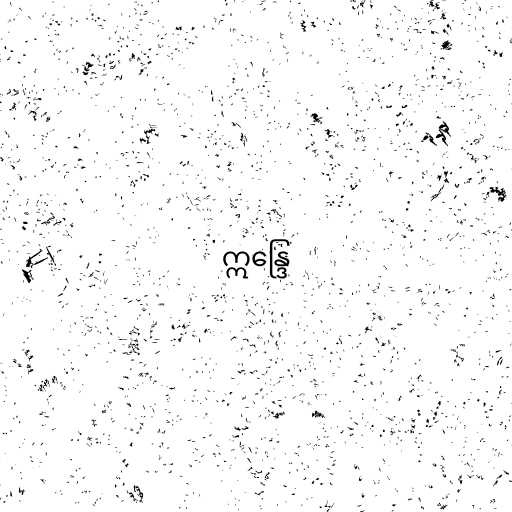
ဣန္ဒြေ